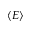
\langle E \rangle